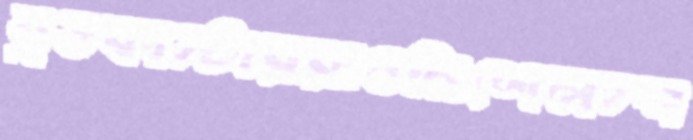
ব্রডকাস্টাররাওমিশেলস্প